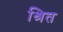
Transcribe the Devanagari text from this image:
श्रित